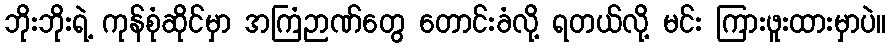
ဘိုးဘိုးရဲ့ ကုန်စုံဆိုင်မှာ အကြံဉာဏ်တွေ တောင်းခံလို့ ရတယ်လို့ မင်း ကြားဖူးထားမှာပဲ။